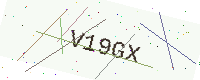
Text: V19GX